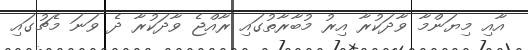
އާއި މިޔަންމާ ވާދަކުރާ އިރު މުބާރާތުގައި ރާއްޖެ ވާދަކުރާ ދެ ވަނަ މެޗުގައި